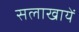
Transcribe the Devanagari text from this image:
सलाखायें